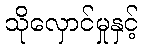
သိုလှောင်မှုနှင့်